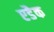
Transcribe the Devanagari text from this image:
एडैक